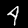
Label: 4